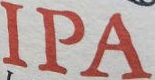
IPA